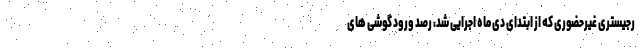
رجیستری غیرحضوری که از ابتدای دی ماه اجرایی شد، رصد ورود گوشی های